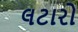
લટારો